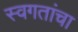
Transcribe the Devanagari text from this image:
स्वगतांचा